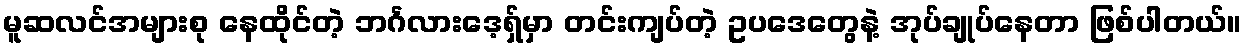
မူဆလင်အများစု နေထိုင်တဲ့ ဘင်္ဂလားဒေ့ရှ်မှာ တင်းကျပ်တဲ့ ဥပဒေတွေနဲ့ အုပ်ချုပ်နေတာ ဖြစ်ပါတယ်။